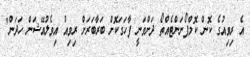
އެ ރިވިއުގެ ކޮން ކޮމްޕޯނަންޓެއްތޯ ދަށްވަނީ ފާހަގަކޮށް ބަރާބަރަށް ރިވިއު އިވެލުއޭޝަން ހަދަން"